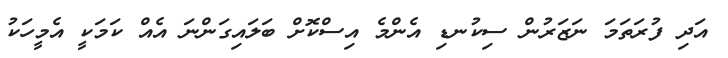
އަދި ފުރަތަމަ ނަޒަރުން ސިކުނޑި އެންމެ އިސްކޮށް ބަލައިގަންނަ އެއް ކަމަކީ އެމީހަކު